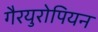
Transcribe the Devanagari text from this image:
गैरयुरोपियन